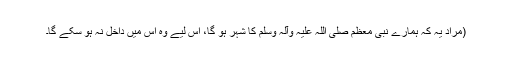
(مراد یہ کہ ہمارے نبی معظم صلی اللہ علیہ وآلہ وسلم کا شہر ہو گا، اِس لیے وہ اس میں داخل نہ ہو سکے گا۔